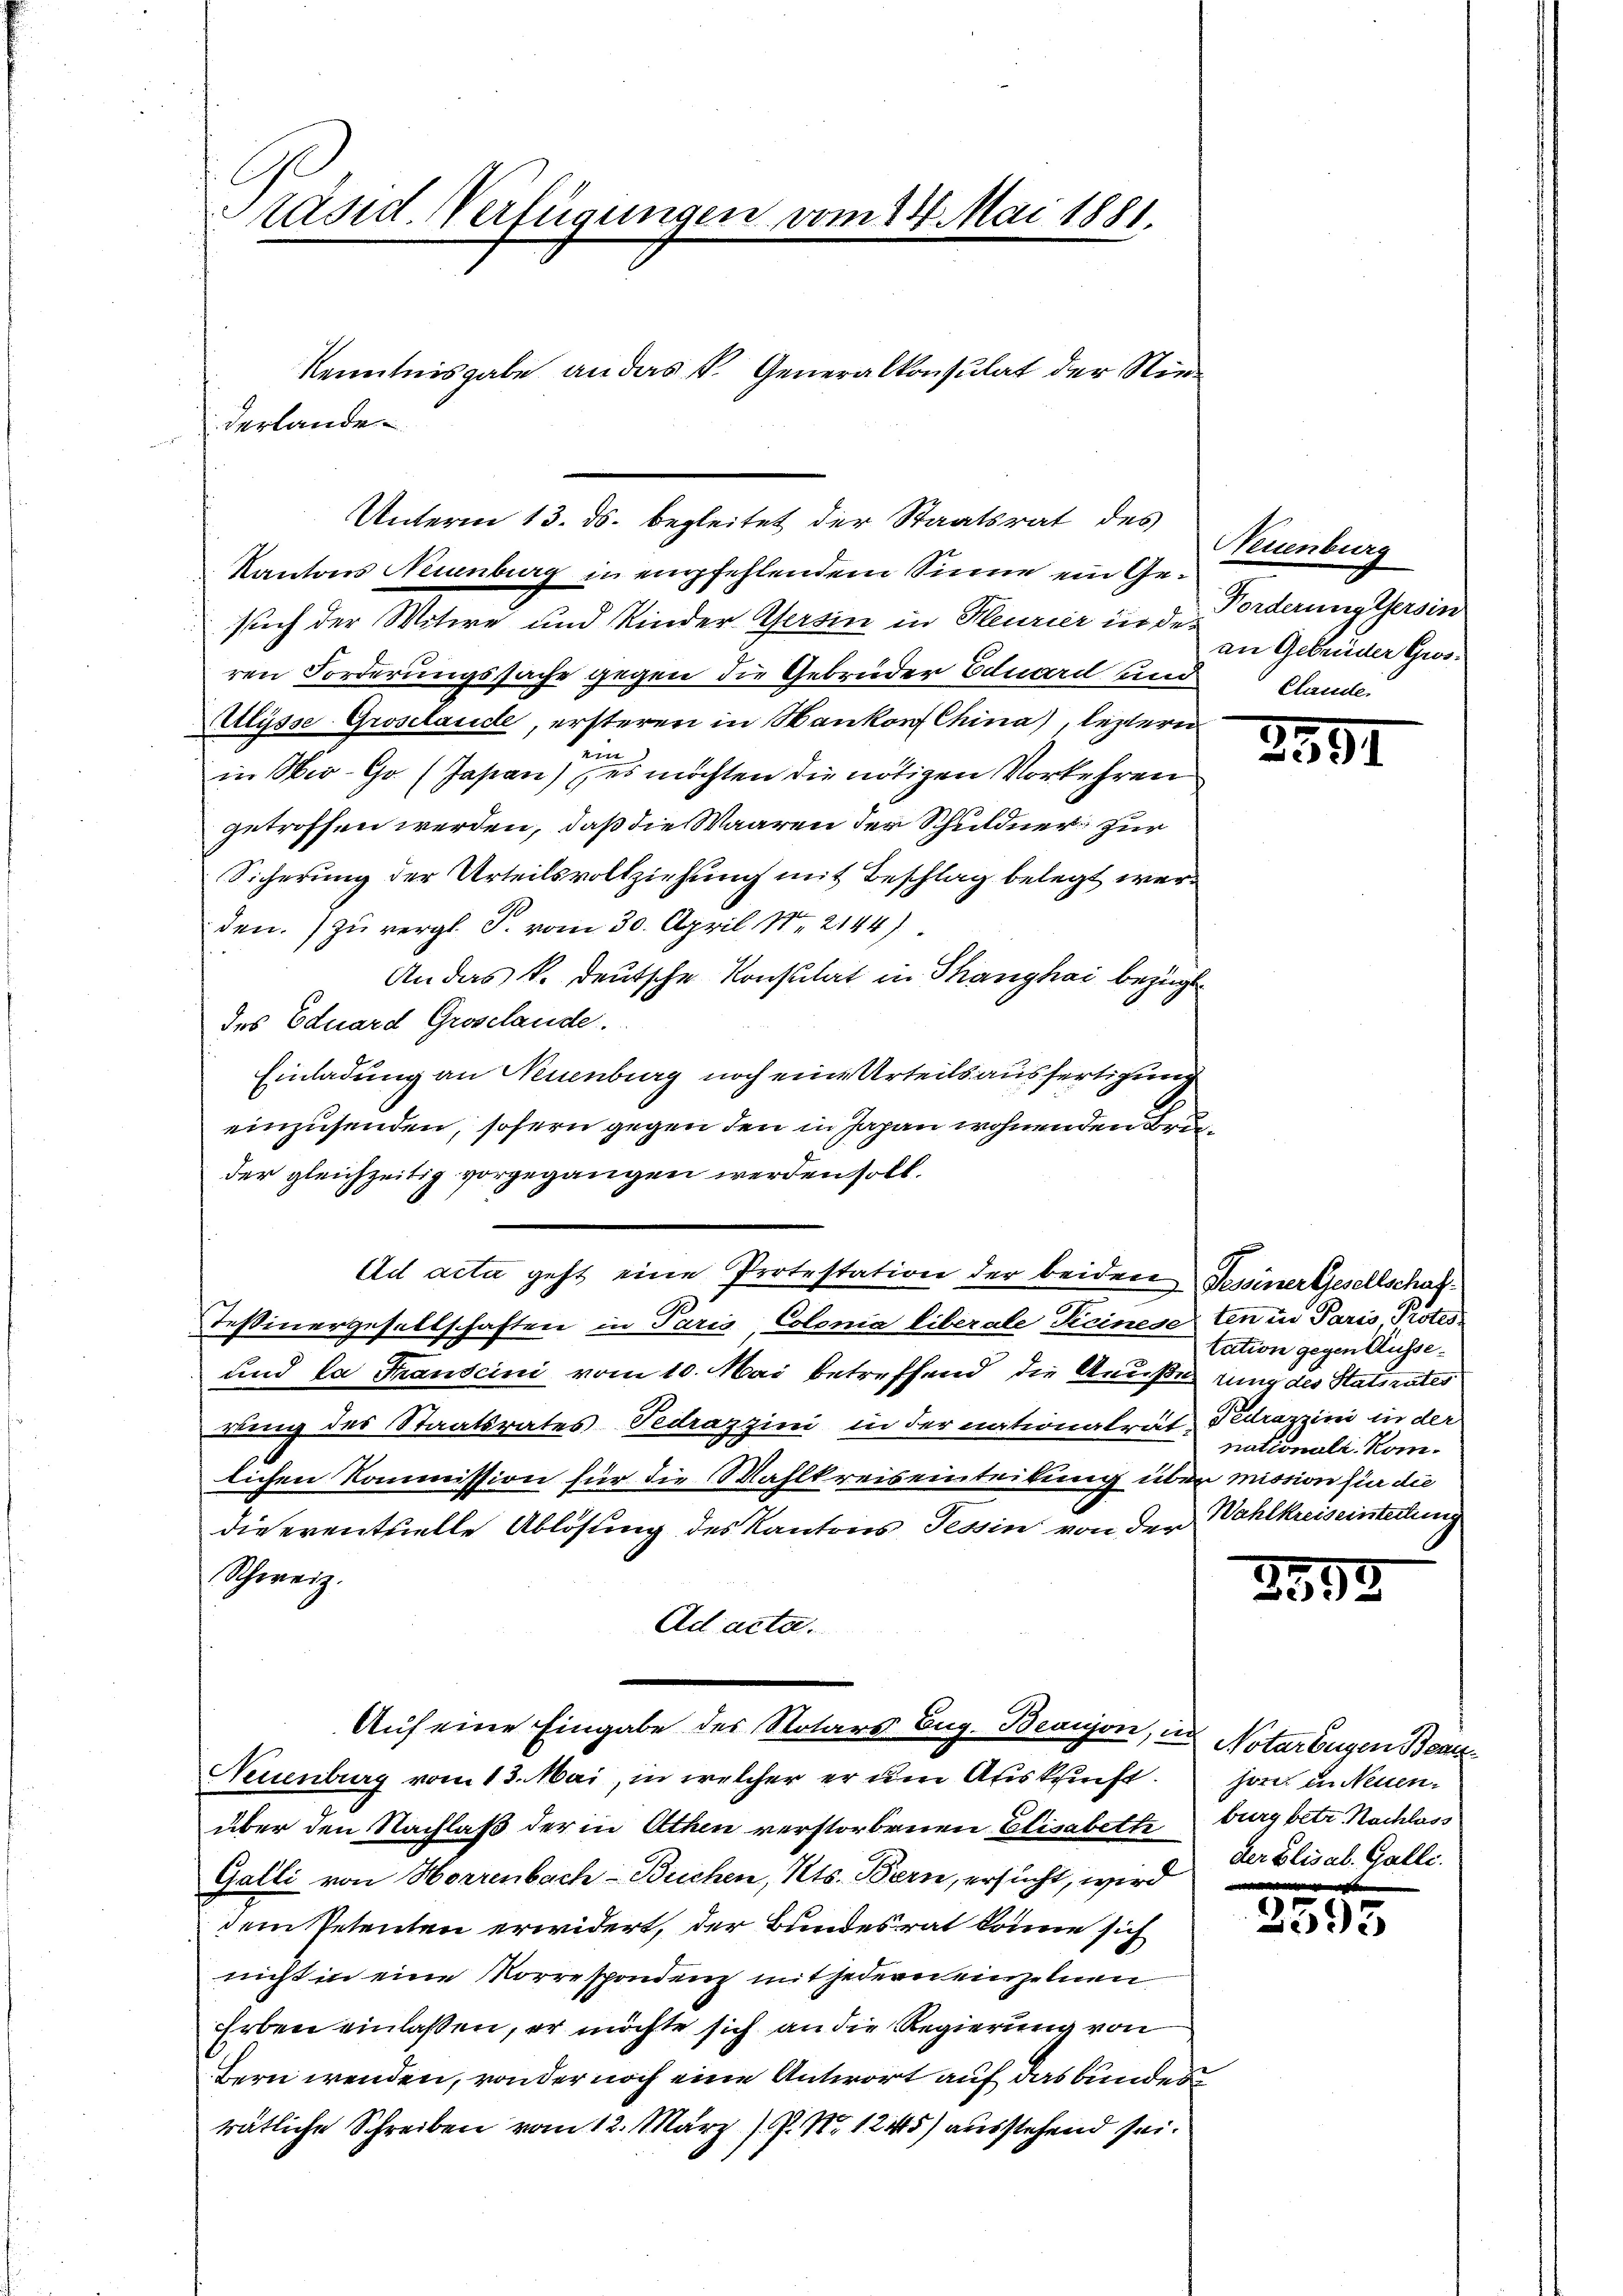
räsid. Verfügungen vom 24. Mai 1881.

derlande
Unterm 13. ds. begleitet der Staatsrat des

Kenntnisgabe an das P. Generalkonsulat der Nie¬

Kantons Neuenburg in empfehlendem Sinne ein Gesuech der Witwe und Kinder Gesin in Meurier in den Borderung ersin
ren Forderungssache gegen die Gebrüder Eduard und
Ulysse Groselande, ersteren in Hankonf China), leztern
ett
in Wir-Go (Japan) es möchten die nötigen Vorkehren
getroffen werden, daß die Waaren der Schuldner zur
Sicherung der Urteilsvollziehung mit Beschlag belegt werden. Zu vergl. T. vom 30. April 182144)
An das k. deutsche Konsulat in Thanghai bezügl
des Eduard Groselande.
Einladung an Neuenburg noch eine Urteilsausfertigung
einzusenden, sofern gegen den in Japan wohnenden Bruder gleichzeitig vorgegangen werden soll.
Ad acta geht eine Protestation der beiden Tessiner Gesellschaf¬
Teßinergesellschaften in Paris, Colonia liberale Ticinese ten in Paris Protes
und la Transcini vom 10. Mai betreffend die Aeußerung des Statsrates
wing des Staatsrates Dedrazzini in der nationalrät-
lichen Kommission für die Wahlkreiseinteilung über mission sie die
die eventuelle Ablösung des Kantons Tessin von der Wahlkreiseintertung
Schweiz.
Ad acta.
Auf eine Eingabe der Notars Eug. Beaigon, in Notarburen Bentz¬
Neuenburg vom 13. Mai, in welcher er um Auskunft. Horn in Neuen-
über den Nachlaß der in Athen verstorbenen Elisabette burg betr. Nachlass
Galli von Horrenbach-Buchen, Kts. Bern, ersucht, wird
dem Petenten erwidert, der Bundesrat könne sich
nicht in eine Korrespondenz mit jedern einzelnen
Erben einlaßen, er möchte sich an die Regierung von
Bern wenden, von der noch eine Antwort auf das bundes
rätliche Schreiben vom 12. März (Z. N. 1245) ausstehend sei.

Neuenburg
an Gebrüder Gros¬
Clande.

2591

tation gegen Ausse¬
Fedrazzini in der
nationalz. Kom¬

2598

der Elisal. Galle.

2335